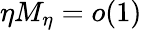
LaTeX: \eta M_{\eta}=o(1)